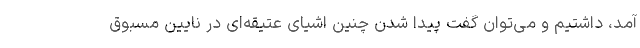
آمد، داشتیم و می‌توان گفت پیدا شدن چنین اشیای عتیقه‌ای در نایین مسبوق